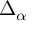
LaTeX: \textstyle \Delta _ { \alpha }